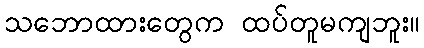
သဘောထားတွေက ထပ်တူမကျဘူး။